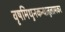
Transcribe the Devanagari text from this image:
वृषमिथुनकन्यातुलामकर